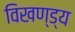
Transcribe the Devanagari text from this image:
विखण्ड्य